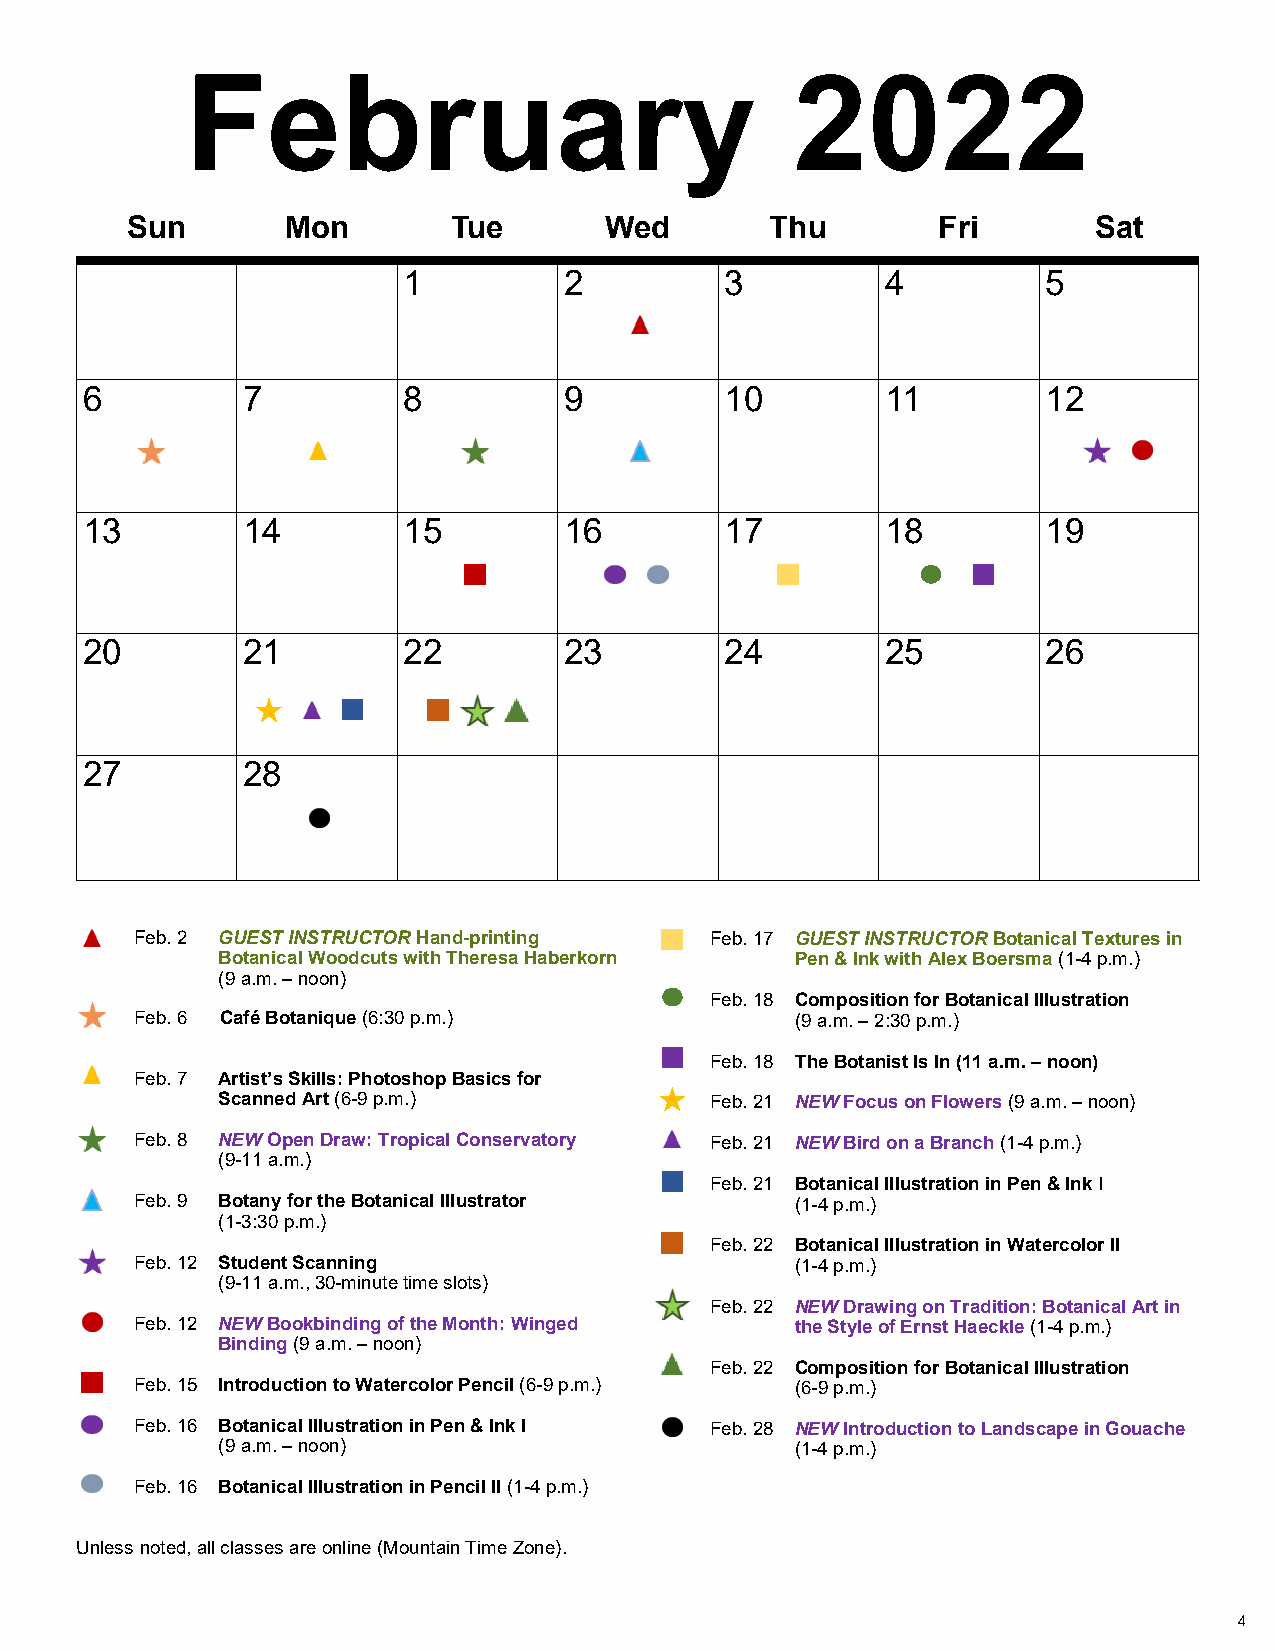
February                                 2022
 Sun        Mon        Tue       Wed        Thu        Fri       Sat
 1         2          3          4         5
 6          7          8         9          10         11        12
 13         14         15        16         17         18        19
 20         21         22        23         24         25        26
 27         28
 Feb. 2 GUEST INSTRUCTOR Hand-printing Feb. 17 GUEST INSTRUCTOR Botanical Textures in
 Botanical Woodcuts with Theresa Haberkorn Pen & Ink with Alex Boersma (1-4 p.m.)
 (9 a.m. – noon)
 Feb. 18 Composition for Botanical Illustration
 Feb. 6 Café Botanique (6:30 p.m.)           (9 a.m. – 2:30 p.m.)
 Feb. 18 The Botanist Is In (11 a.m. – noon)
 Feb. 7 Artist’s Skills: Photoshop Basics for
 Scanned Art (6-9 p.m.)           Feb. 21 NEW Focus on Flowers (9 a.m. – noon)
 Feb. 8 NEW Open Draw: Tropical Conservatory Feb. 21 NEW Bird on a Branch (1-4 p.m.)
 (9-11 a.m.)
 Feb. 21 Botanical Illustration in Pen & Ink I
 Feb. 9 Botany for the Botanical Illustrator (1-4 p.m.)
 (1-3:30 p.m.)
 Feb. 22 Botanical Illustration in Watercolor II
 Feb. 12 Student Scanning                    (1-4 p.m.)
 (9-11 a.m., 30-minute time slots)
 Feb. 22 NEW Drawing on Tradition: Botanical Art in
 Feb. 12 NEW Bookbinding of the Month: Winged the Style of Ernst Haeckle (1-4 p.m.)
 Binding (9 a.m. – noon)
 Feb. 22 Composition for Botanical Illustration
 Feb. 15 Introduction to Watercolor Pencil (6-9 p.m.) (6-9 p.m.)
 Feb. 16 Botanical Illustration in Pen & Ink I Feb. 28 NEW Introduction to Landscape in Gouache
 (9 a.m. – noon)                        (1-4 p.m.)
 Feb. 16 Botanical Illustration in Pencil II (1-4 p.m.)
 Unless noted, all classes are online (Mountain Time Zone).
 4